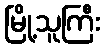
မြို့သူကြီး